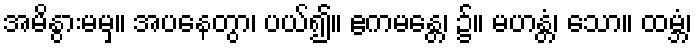
အမိနွားမမှ။ အပနေတွာ၊ ပယ်၍။ ဧကမန္တေ၊ ၌။ မဟန္တံ၊ သော။ ထမ္ဘံ၊